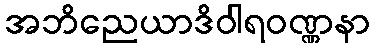
အဘိညေယာဒိဝါရဝဏ္ဏနာ